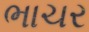
ભાચર